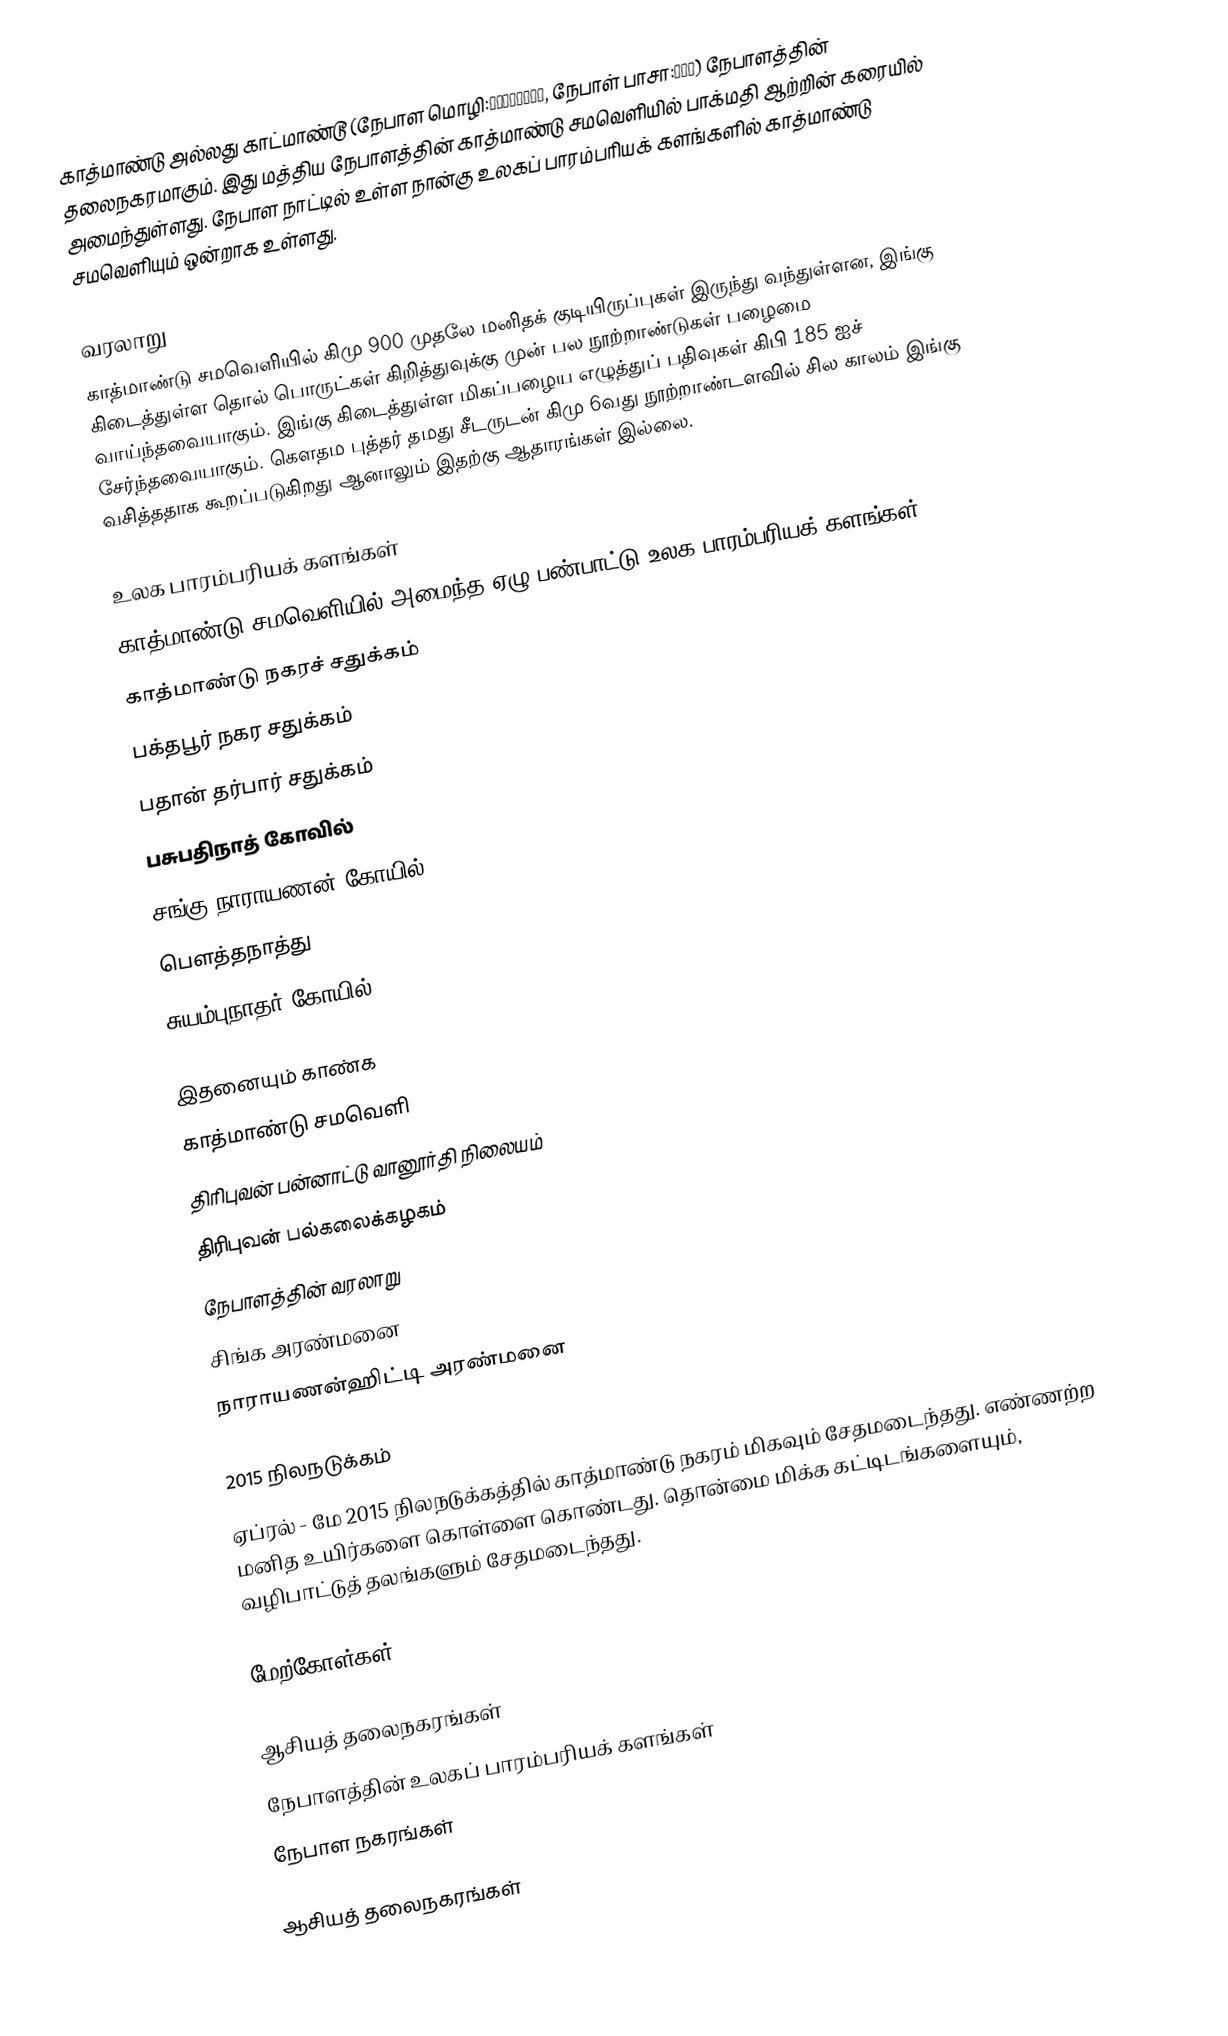
காத்மாண்டு அல்லது காட்மாண்டூ (நேபாள மொழி:काठमाडौं, நேபாள் பாசா:यें) நேபாளத்தின் தலைநகரமாகும். இது மத்திய நேபாளத்தின் காத்மாண்டு சமவெளியில் பாக்மதி ஆற்றின் கரையில் அமைந்துள்ளது.  நேபாள நாட்டில் உள்ள நான்கு  உலகப் பாரம்பரியக் களங்களில் காத்மாண்டு சமவெளியும் ஒன்றாக உள்ளது.

வரலாறு
காத்மாண்டு சமவெளியில் கிமு 900 முதலே மனிதக் குடியிருப்புகள் இருந்து வந்துள்ளன, இங்கு கிடைத்துள்ள தொல் பொருட்கள் கிறித்துவுக்கு முன் பல நூற்றாண்டுகள் பழைமை வாய்ந்தவையாகும். இங்கு கிடைத்துள்ள மிகப்பழைய எழுத்துப் பதிவுகள் கிபி 185 ஐச் சேர்ந்தவையாகும். கௌதம புத்தர் தமது சீடருடன் கிமு 6வது நூற்றாண்டளவில் சில காலம் இங்கு வசித்ததாக கூறப்படுகிறது ஆனாலும் இதற்கு ஆதாரங்கள் இல்லை.

உலக பாரம்பரியக் களங்கள்
காத்மாண்டு சமவெளியில் அமைந்த ஏழு பண்பாட்டு உலக பாரம்பரியக் களங்கள்;.
 காத்மாண்டு நகரச் சதுக்கம்
 பக்தபூர் நகர சதுக்கம்
 பதான் தர்பார் சதுக்கம்
 பசுபதிநாத் கோவில்
 சங்கு நாராயணன் கோயில்
 பௌத்தநாத்து
 சுயம்புநாதர் கோயில்

இதனையும் காண்க
 காத்மாண்டு சமவெளி
 திரிபுவன் பன்னாட்டு வானூர்தி நிலையம்
 திரிபுவன் பல்கலைக்கழகம்
 நேபாளத்தின் வரலாறு
 சிங்க அரண்மனை
 நாராயணன்ஹிட்டி அரண்மனை

2015 நிலநடுக்கம்
ஏப்ரல் - மே 2015 நிலநடுக்கத்தில் காத்மாண்டு நகரம் மிகவும் சேதமடைந்தது. எண்ணற்ற மனித உயிர்களை கொள்ளை கொண்டது. தொன்மை மிக்க கட்டிடங்களையும், வழிபாட்டுத் தலங்களும் சேதமடைந்தது.

மேற்கோள்கள்

ஆசியத் தலைநகரங்கள்
நேபாளத்தின் உலகப் பாரம்பரியக் களங்கள்
நேபாள நகரங்கள்

ஆசியத் தலைநகரங்கள்